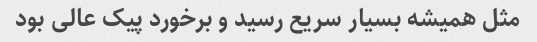
مثل همیشه بسیار سریع رسید و برخورد پیک عالی بود